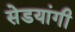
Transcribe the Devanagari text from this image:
सेडयांगी